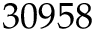
3 0 9 5 8